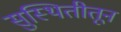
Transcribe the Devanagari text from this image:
सुस्थितीतून